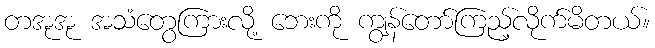
တအုအု အသံတွေကြားလို့ ဘေးကို ကျွန်တော်ကြည့်လိုက်မိတယ်။